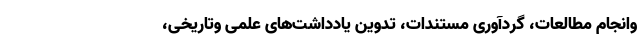
وانجام مطالعات، گردآوری مستندات، تدوین یادداشت‌های علمی وتاریخی،